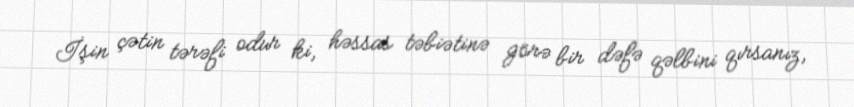
İşin çətin tərəfi odur ki, həssas təbiətinə görə bir dəfə qəlbini qırsanız,